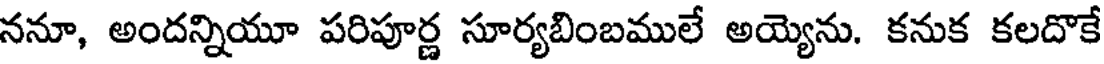
ననూ, అందన్నియూ పరిపూర్ణ సూర్యబింబములే అయ్యెను. కనుక కలదొకే